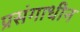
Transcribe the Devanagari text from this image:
प्रसंगाधीन